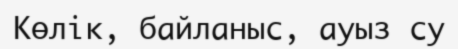
Көлік, байланыс, ауыз су